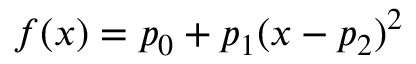
f ( x ) = p _ { 0 } + p _ { 1 } ( x - p _ { 2 } ) ^ { 2 }